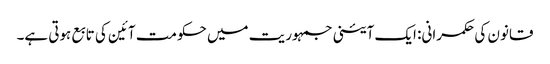
قانون کی حکمرانی: ایک آئینی جمہوریت میں حکومت آئین کی تابع ہوتی ہے۔